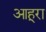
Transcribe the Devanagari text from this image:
आहूरा